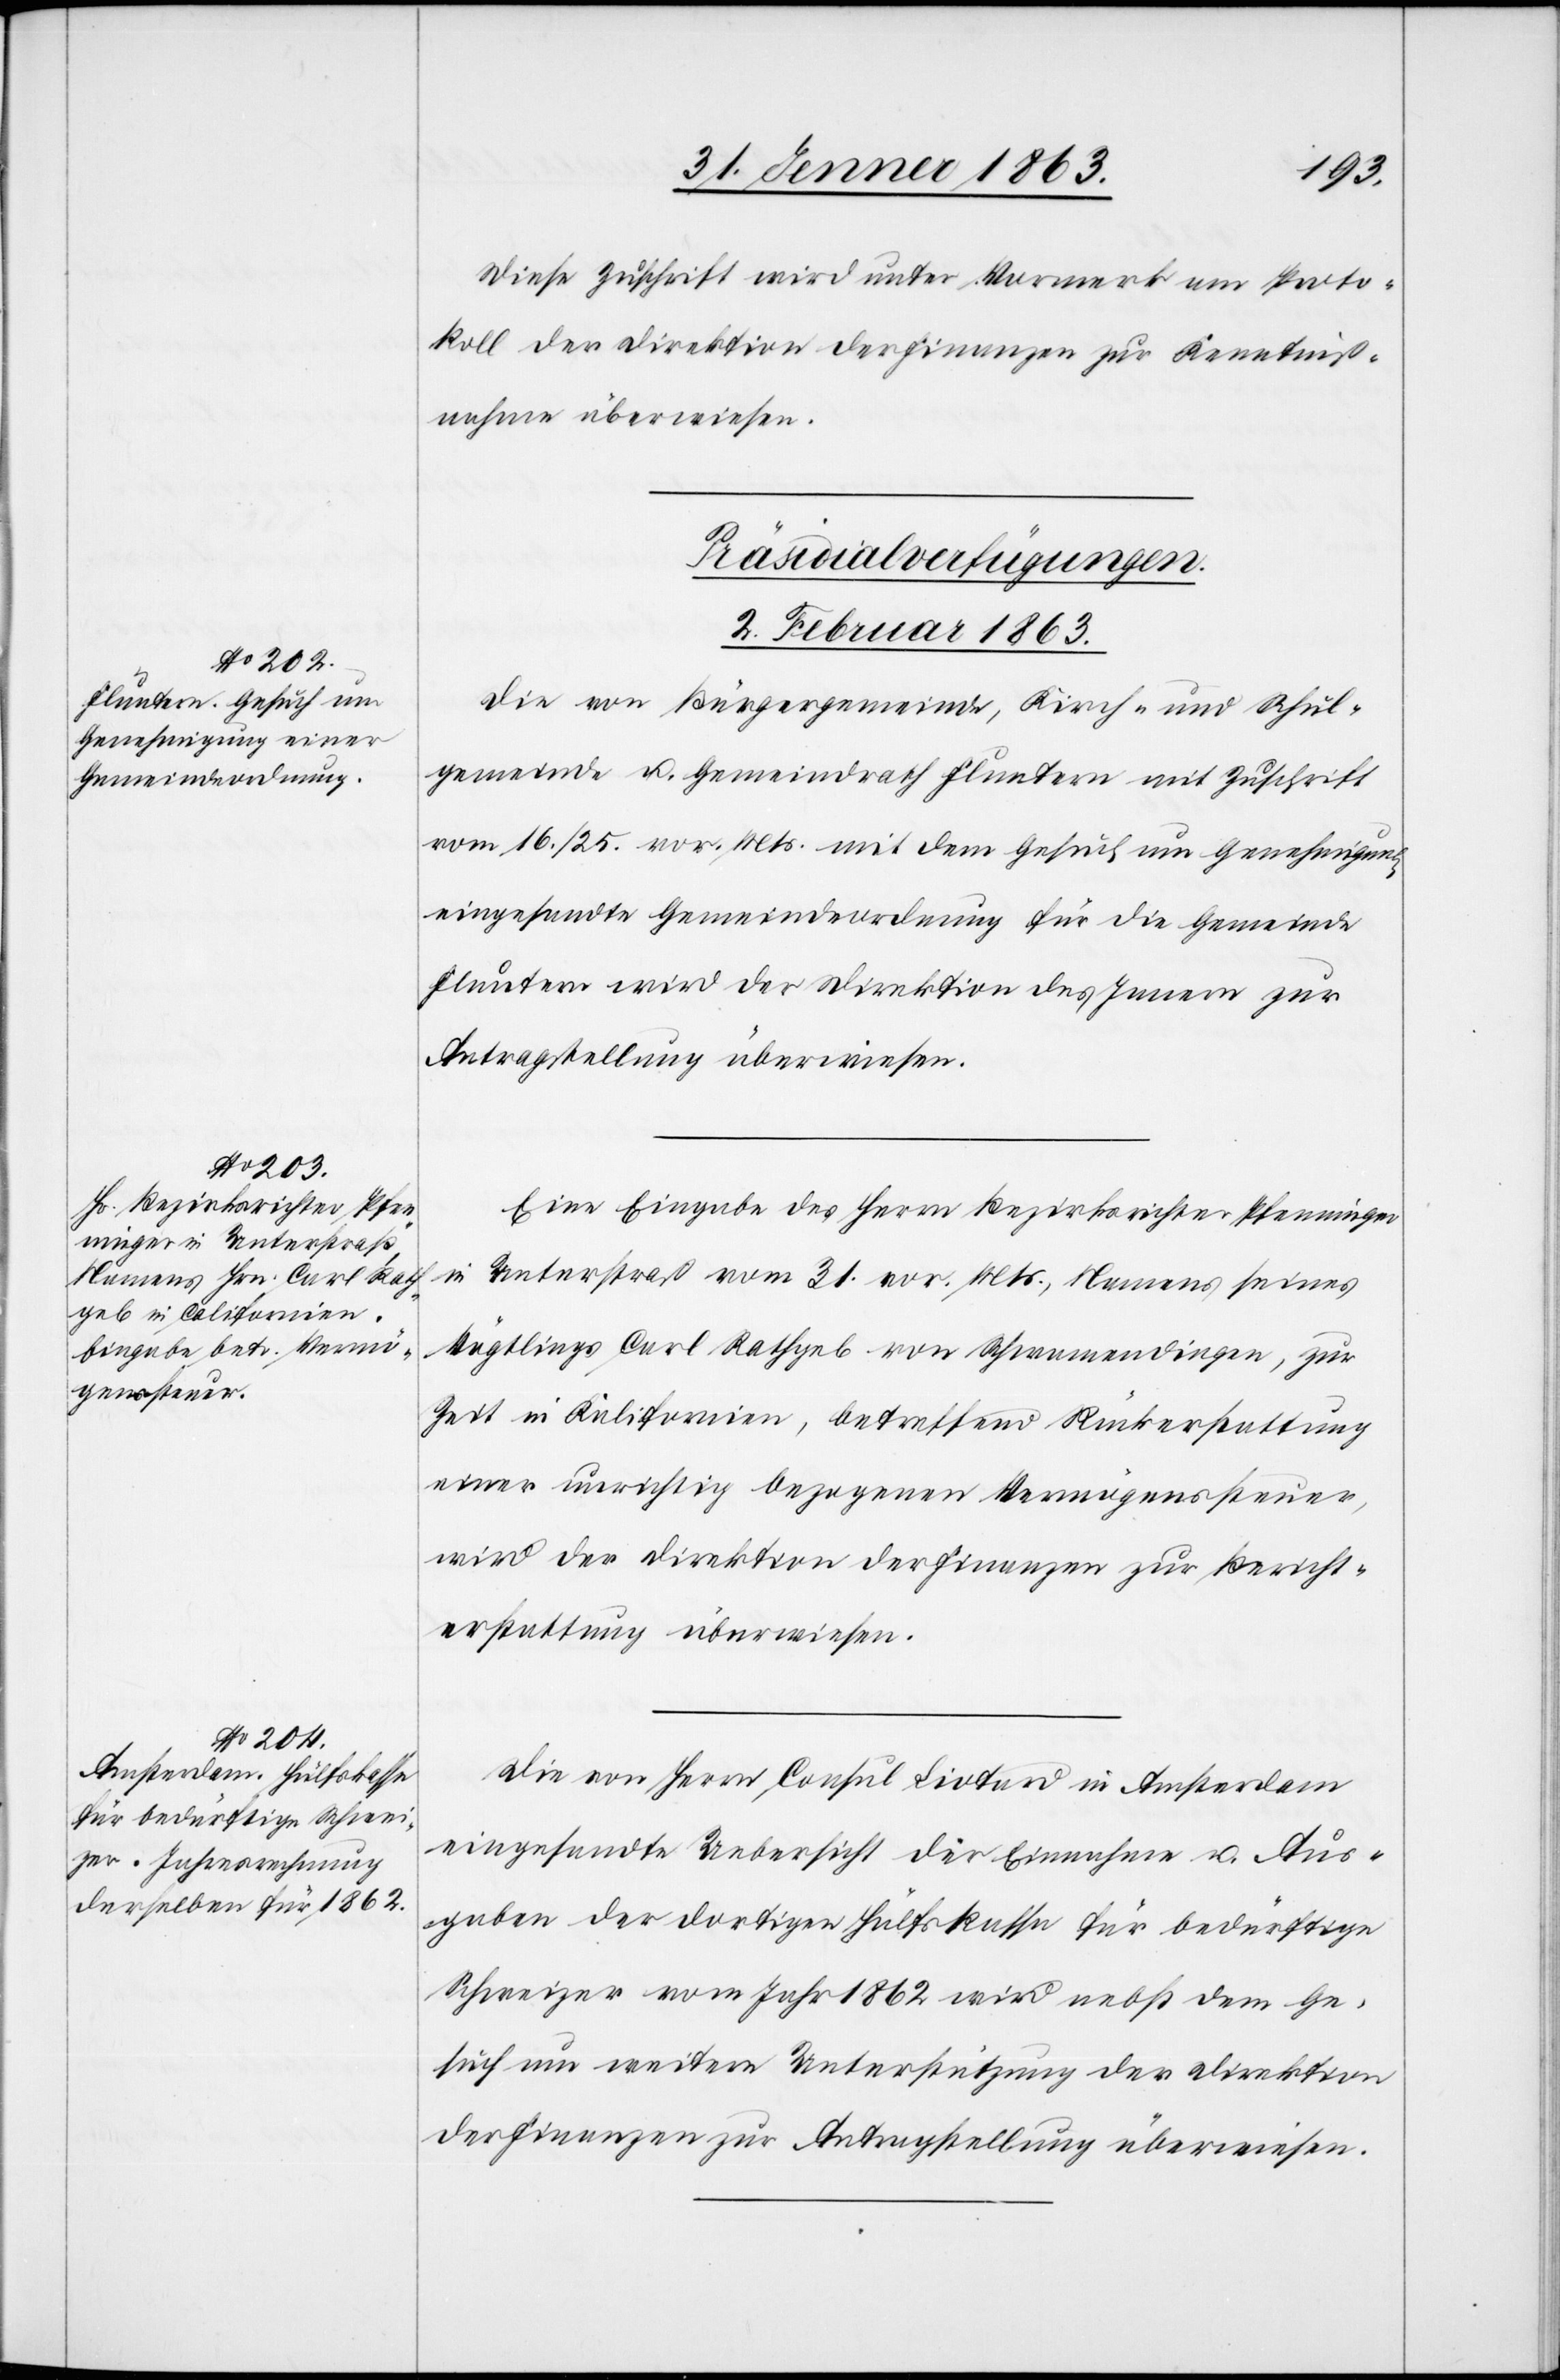
Diese Zuschrift wird unter Vormerk am Proto¬
koll der Direktion der Finanzen zur Kenntniß¬
nahme überwiesen.
[Präsidialverfügungen.
2. Februar 1863.]
Die von Bürgergemeinde, Kirch- und Schul¬
gemeinde u. Gemeindrath Fluntern mit Zuschrift
vom 16./25. vor. Mts. mit dem Gesuch um Genehmigung
eingesandte Gemeindeordnung für die Gemeinde
Fluntern wird der Direktion des Innern zur
Antragstellung überwiesen.
Eine Eingabe des Herrn Bezirksrichter Pfenninger
Unterstraß vom 31. vor. Mts., Namens seines
Vögtlings Carl Rathgeb von Schwamendingen, zur
Zeit in Kalifornien, betreffend Rückerstattung
einer unrichtig bezogenen Vermögenssteuer,
wird der Direktion der Finanzen zur Bericht¬
erstattung überwiesen.
Die von Herrn Consul Liotard in Amsterdam
eingesandte Uebersicht der Einnahme u. Aus¬
gaben der dortigen Hülfskasse für bedürftige
Schweizer vom Jahr 1862 wird nebst dem Ge¬
such um weitere Unterstützung der Direktion
der Finanzen zur Antragstellung überwiesen.